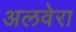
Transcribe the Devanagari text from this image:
अलवेरा